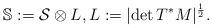
LaTeX: \begin{align*} \mathbb{S} := \mathcal{S}\otimes L,L:=|\mathrm{det}\, T^*M|^\frac12.\end{align*}